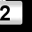
Digit: 2